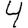
Digit: 4